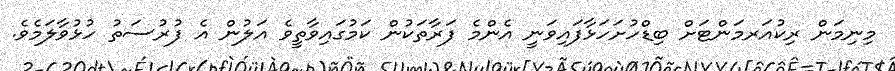
މިނިމަން ރިކުއަރމަންޓަށް ބިޑްހުށަހަޅާފައިވަނީ އެންމެ ފަރާތަކުން ކަމުގައިވާތީވެ އަލުން އެ ފުރުސަތު ހުޅުވާލަމެވެ.